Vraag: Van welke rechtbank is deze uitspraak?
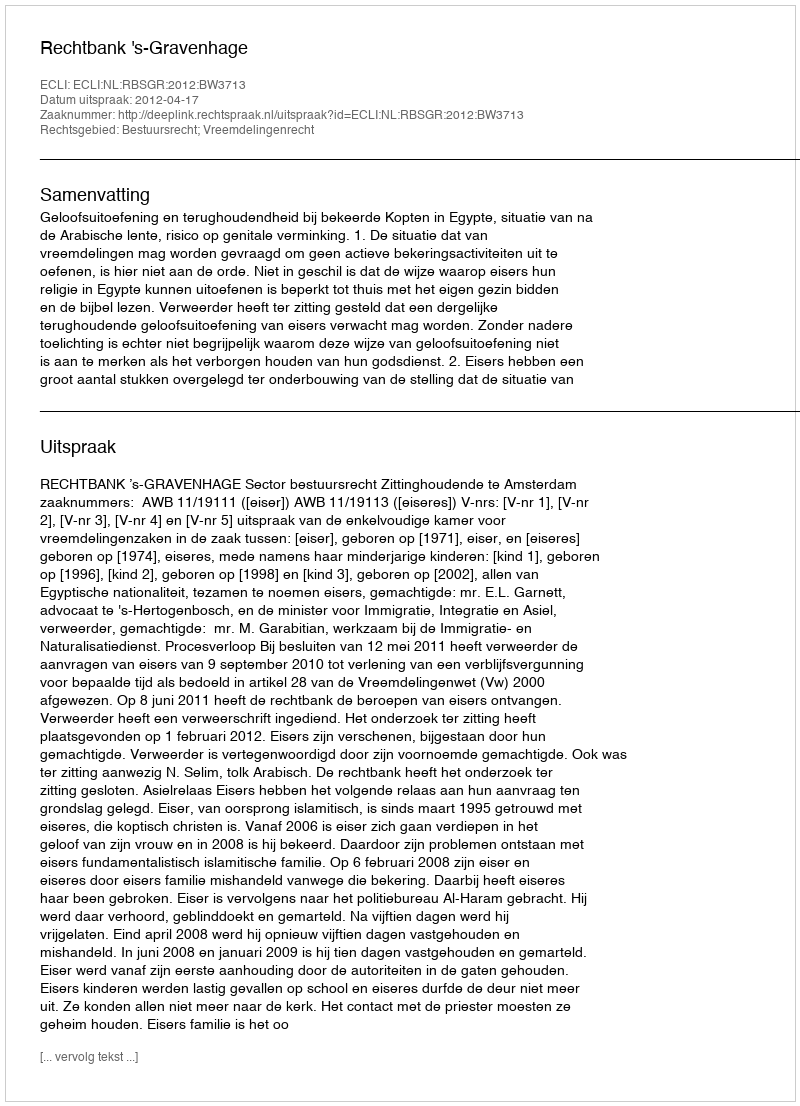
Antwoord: Rechtbank 's-Gravenhage